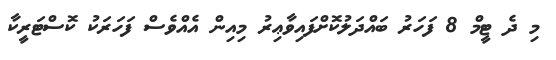
މި ދެ ޓީމް 8 ފަހަރު ބައްދަލުކޮށްފައިވާޢިރު މިއިން އެއްވެސް ފަހަރަކު ކޮސްޓަރީކާ